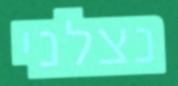
נצלני